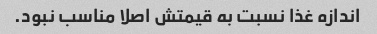
اندازه غذا نسبت به قیمتش اصلا مناسب نبود.